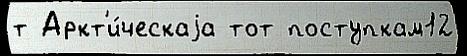
т Аркт'и́ческаjа тот поступкам12